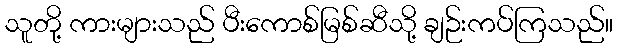
သူတို့ ကားများသည် ပီးကောစ်မြစ်ဆီသို့ ချဉ်းကပ်ကြသည်။